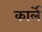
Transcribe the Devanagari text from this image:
कार्ले